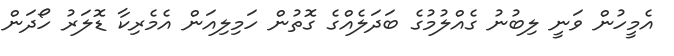
އެމީހުން ވަނީ ލިބުނު ގެއްލުމުގެ ބަދަލެއްގެ ގޮތުން ހަމިލިއަން އެމެރިކާ ޑޮލަރު ހޯދަން